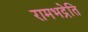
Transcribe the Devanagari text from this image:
रामभद्रेति